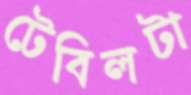
টেবিলটা